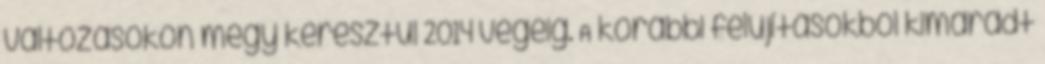
változásokon megy keresztül 2014 végéig. A korábbi felújításokból kimaradt